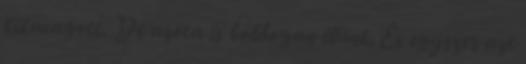
kikacagott. De azóta is boldogan élünk. És egyszer azt